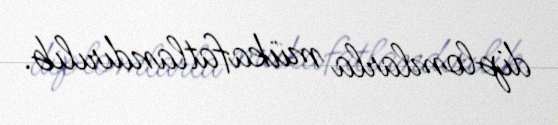
diplomlarla mükafatlandırılıb.